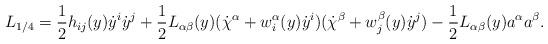
LaTeX: \begin{align*}L_{1/4} = \frac{1}{2} h_{ij}(y) \dot{y}^i \dot{y}^j + \frac{1}{2} L_{\alpha\beta}(y) (\dot{\chi}^\alpha + w^\alpha_i(y)\dot{y}^i) (\dot{\chi}^\beta + w^\beta_j(y)\dot{y}^j) - \frac{1}{2} L_{\alpha\beta}(y) a^\alpha a^\beta .\end{align*}